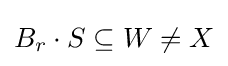
B_{r}\cdot S\subseteq W\neq X